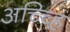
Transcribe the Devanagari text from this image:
अच्च्हि